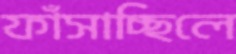
ফাঁসাচ্ছিলে